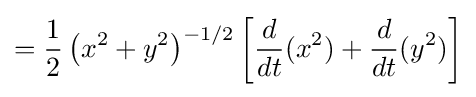
={\frac {1}{2}}\left(x^{2}+y^{2}\right)^{-1/2}\left[{\frac {d}{dt}}(x^{2})+{\frac {d}{dt}}(y^{2})\right]